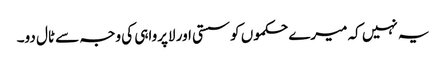
یہ نہیں کہ میرے حکموں کو سستی اور لاپرواہی کی وجہ سے ٹال دو۔